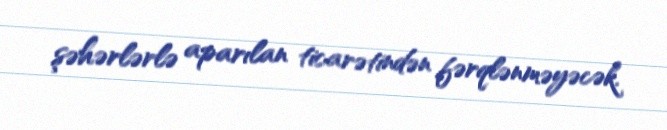
şəhərlərlə aparılan ticarətindən fərqlənməyəcək.